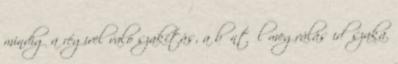
mindig a régivel való szakítás, a bűntől megválás időszaka.